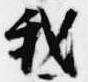
我